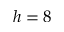
h = 8